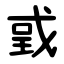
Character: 戜